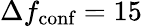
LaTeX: \Delta f_{\textrm{conf}}=15